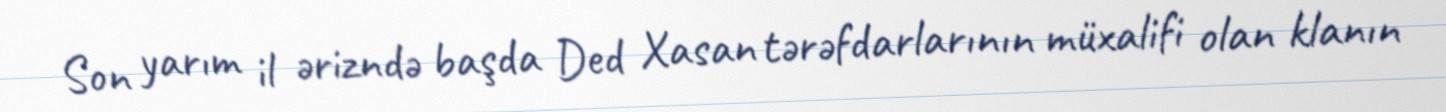
Son yarım il ərizndə başda Ded Xasan tərəfdarlarının müxalifi olan klanın